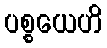
ပစ္စယေဟိ